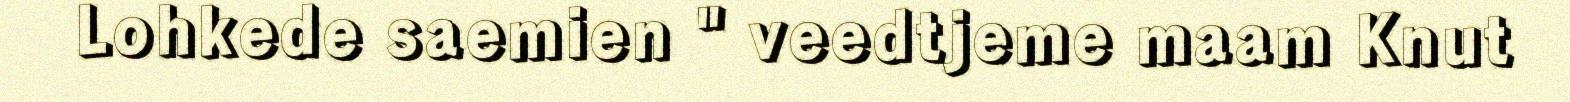
Lohkede saemien " veedtjeme maam Knut